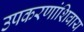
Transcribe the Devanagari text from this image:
उपकरणांशिवाय